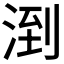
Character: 𪶌